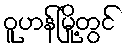
ဝူဟန်မြို့တွင်